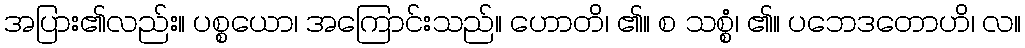
အပြား၏လည်း။ ပစ္စယော၊ အကြောင်းသည်။ ဟောတိ၊ ၏။ စ သစ္စံ၊ ၏။ ပဘေဒတောဟိ၊ လ။